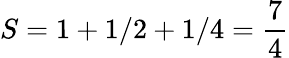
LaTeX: S=1+1/2+1/4={\frac{7}{4}}